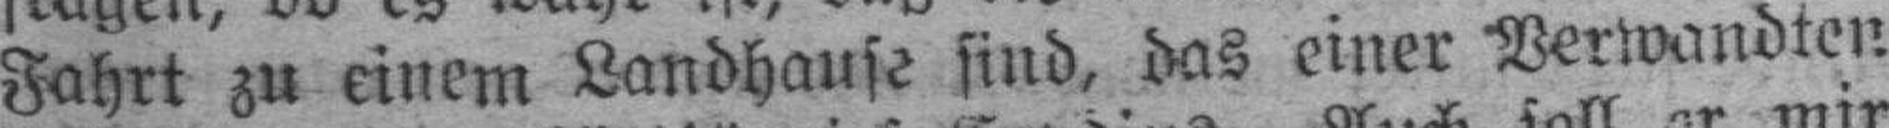
Fahrt zu einem Landhause sind, das einer Verwandten